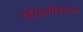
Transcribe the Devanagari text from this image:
ऐतिहासिकरण